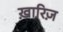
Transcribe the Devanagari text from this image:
ख़ारिज़